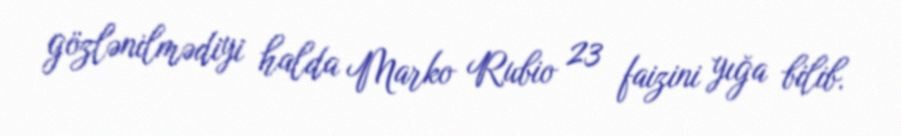
gözlənilmədiyi halda Marko Rubio 23 faizini yığa bilib.